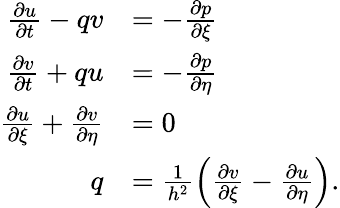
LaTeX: \begin{array}{rl}{\frac{\partial u}{\partial t}-qv}&{=-\frac{\partial p}{\partial\xi}}\\ {\frac{\partial v}{\partial t}+qu}&{=-\frac{\partial p}{\partial\eta}}\\ {\frac{\partial u}{\partial\xi}+\frac{\partial v}{\partial\eta}}&{=0}\\ {q}&{=\frac{1}{h^{2}}\left(\frac{\partial v}{\partial\xi}-\frac{\partial u}{\partial\eta}\right).}\end{array}